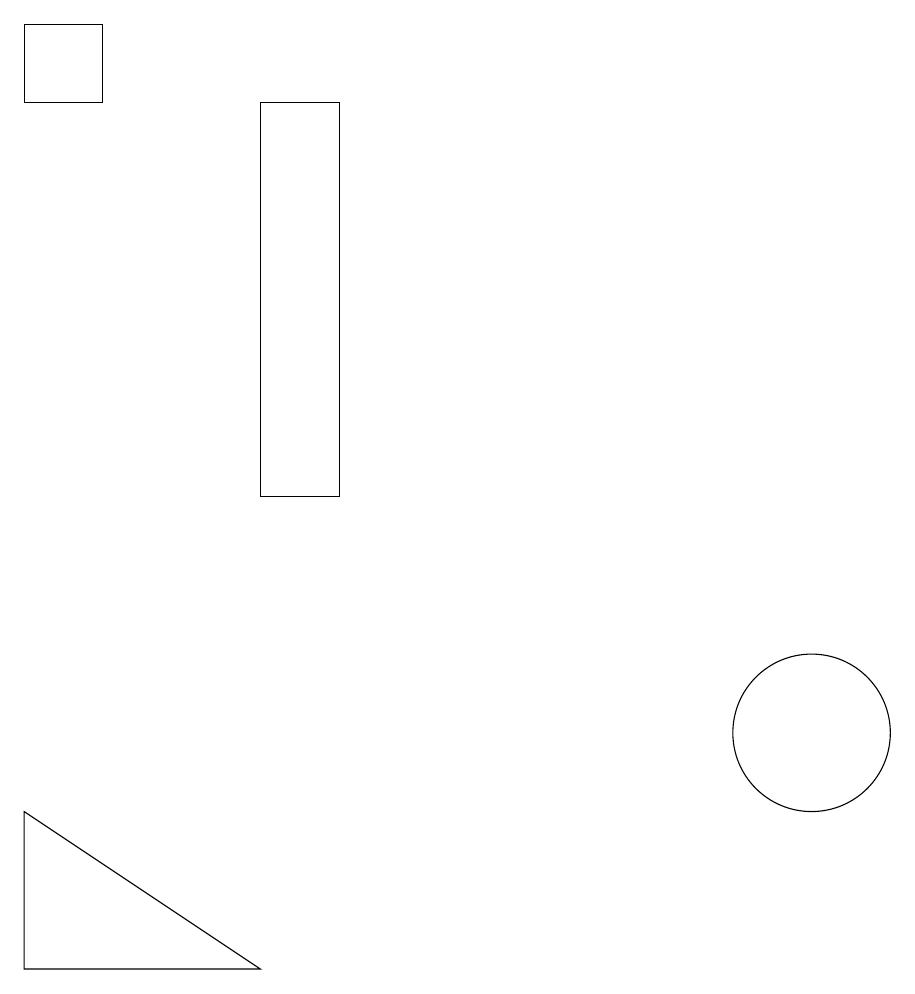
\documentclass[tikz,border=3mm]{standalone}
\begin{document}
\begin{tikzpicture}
\draw (5,14) rectangle (5,14);
\draw (1,18) rectangle (0,19);
\draw (3,7) -- (0,7) -- (0,9) -- cycle;
\draw (10,10) circle (1);
\draw (3,18) rectangle (4,13);
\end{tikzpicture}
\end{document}